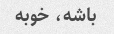
باشه، خوبه